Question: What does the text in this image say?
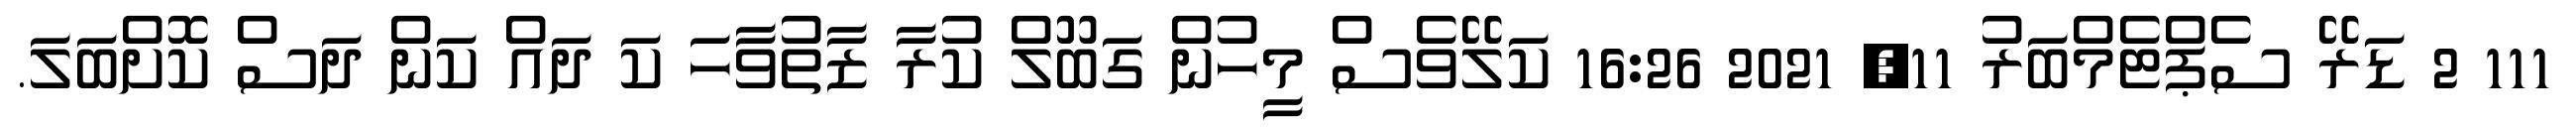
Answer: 111 2 ޑަރޭ ސެޕްޓެމްބަރު 11, 2021 16:26 ކަލޭވެސް މީހުން ގަބޫލް ކުރާ ޒާތުވާހަ ކަ ދައް ކަން ދަސް ކޮށްބަލަ.